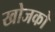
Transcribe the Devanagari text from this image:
खोजकों